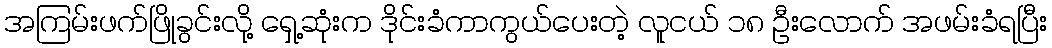
အကြမ်းဖက်ဖြိုခွင်းလို့ ရှေ့ဆုံးက ဒိုင်းခံကာကွယ်ပေးတဲ့ လူငယ် ၁၈ ဦးလောက် အဖမ်းခံရပြီး